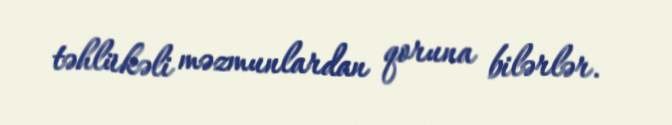
təhlükəli məzmunlardan qoruna bilərlər.